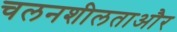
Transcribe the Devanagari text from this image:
चलनशीलताऔर